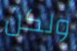
ولكن